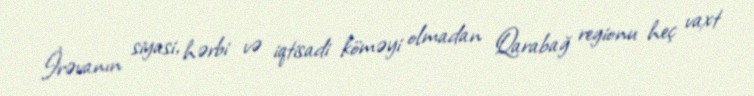
İrəvanın siyasi, hərbi və iqtisadi köməyi olmadan Qarabağ regionu heç vaxt